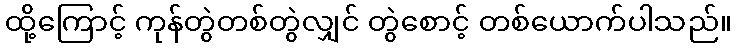
ထို့ကြောင့် ကုန်တွဲတစ်တွဲလျှင် တွဲစောင့် တစ်ယောက်ပါသည်။